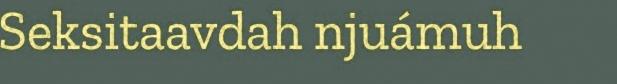
Seksitaavdah njuámuh